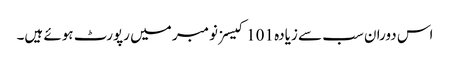
اس دوران سب سے زیادہ 101 کیسز نومبر میں رپورٹ ہوئے ہیں۔